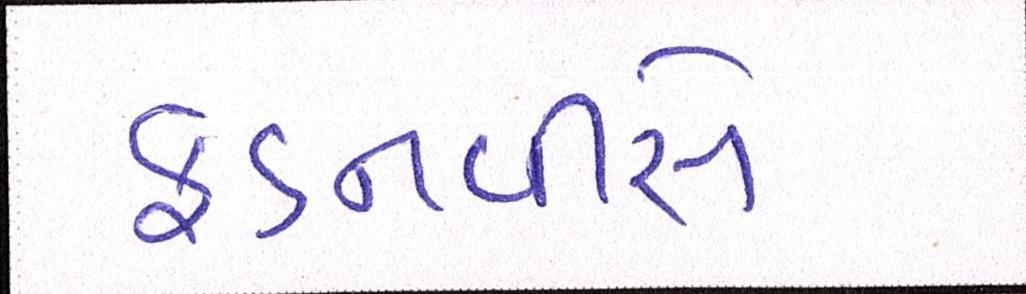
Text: ફડનવીસે